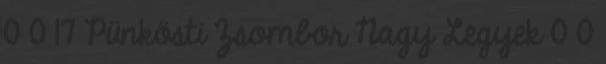
0 0 17 Pünkösti Zsombor Nagy Legyek 0 0